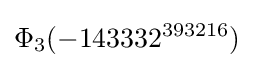
\Phi _{3}(-143332^{393216})